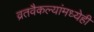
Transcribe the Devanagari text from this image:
व्रतवैकल्यांमध्येही